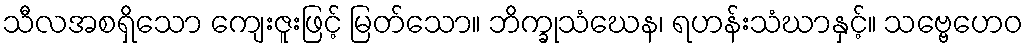
သီလအစရှိသော ကျေးဇူးဖြင့် မြတ်သော။ ဘိက္ခုသံဃေန၊ ရဟန်းသံဃာနှင့်။ သဗ္ဗေဟေဝ